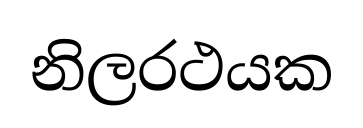
නිලරථයක